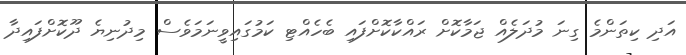
އަދި ކިތަންމެ ގިނަ މުދަލެއް ޖަމާކޮށް ރައްކާކޮށްފައި ބެހެއްޓި ކަމުގައިވީނަމަވެސް މިދުނިޔެ ދޫކޮށްފައިދާ